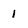
Character: 1